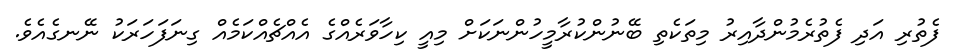
ފެތުރި އަދި ފެތުރެމުންދާއިރު މިތަކެތި ބޭނުންކުރާމީހުންނަކަށް މިއީ ކިހާވަރެއްގެ އެއްޗެއްކަމެއް ގިނަފަހަރަކު ނޭނގެއެވެ.